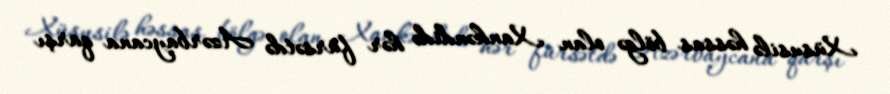
Xüsusilə həssas bölgə olan Xankəndidə hər fürsətdə Azərbaycana qarşı